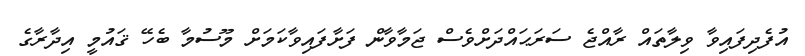
އުފެދިފައިވާ ވިލާތައް ރާއްޖެ ސަރަޙައްދަށްވެސް ޖަމާވާން ފަށާފައިވާކަމަށް މޫސުމާ ބެހޭ ޤައުމީ އިދާރާގެ